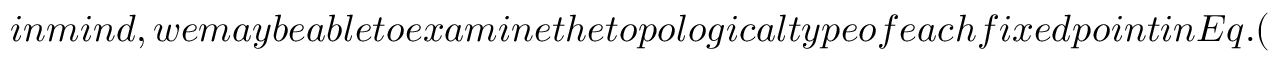
i n m i n d , w e m a y b e a b l e t o e x a m i n e t h e t o p o l o g i c a l t y p e o f e a c h f i x e d p o i n t i n E q . (